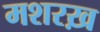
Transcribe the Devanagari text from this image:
मशरख़